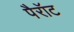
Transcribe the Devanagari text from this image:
पैरॉट